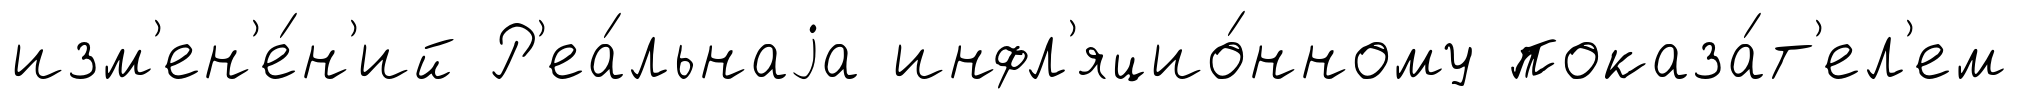
изм'ен'е́н'ий Р'еа́льнаjа инфл'яцио́нному показа́т'ел'ем